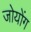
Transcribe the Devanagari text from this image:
जोयोंग